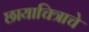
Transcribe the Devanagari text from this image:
छायाचित्राचे